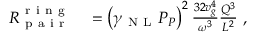
\begin{array} { r l } { R _ { \mathrm { ~ p ~ a ~ i ~ r ~ } } ^ { \mathrm { ~ r ~ i ~ n ~ g ~ } } } & { { } = \left( \gamma _ { \mathrm { ~ N ~ L ~ } } P _ { P } \right) ^ { 2 } \frac { 3 2 v _ { g } ^ { 4 } } { \omega ^ { 3 } } \frac { Q ^ { 3 } } { L ^ { 2 } } \ , } \end{array}